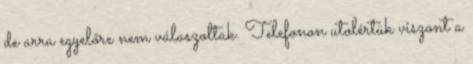
de arra egyelőre nem válaszoltak. Telefonon utolértük viszont a